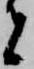
者